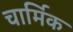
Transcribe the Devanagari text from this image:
चार्मिक